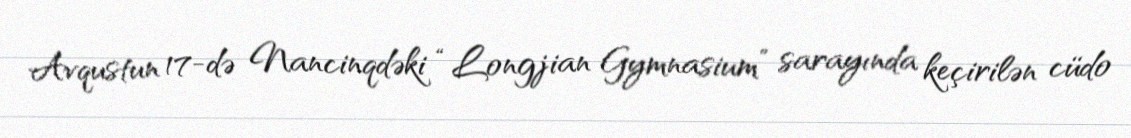
Avqustun 17-də Nancinqdəki “Longjian Gymnasium” sarayında keçirilən cüdo